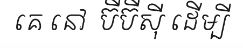
គេ នៅ  ប៊ីប៊ីស៊ី ដើម្បី